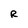
Character: R